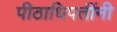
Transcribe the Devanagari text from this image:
पीठाधिपतींनी